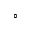
\circ